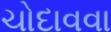
ચોદાવવા